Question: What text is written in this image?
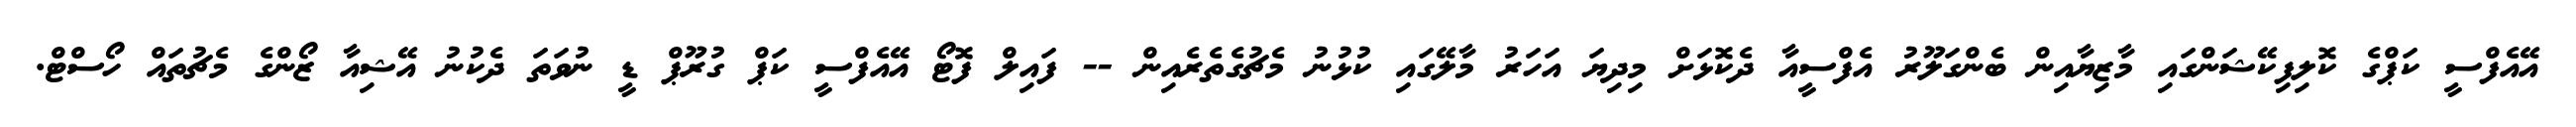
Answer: އޭއެފްސީ ކަޕްގެ ކޮލިފިކޭޝަންގައި މާޒިޔާއިން ބެންގަލޫރު އެފްސީއާ ދެކޮޅަށް މިދިޔަ އަހަރު މާލޭގައި ކުޅުނު މެޗުގެތެރެއިން -- ފައިލް ފޮޓޯ އޭއެފްސީ ކަޕް ގުރޫޕް ޑީ ނުވަތަ ދެކުނު އޭޝިއާ ޒޯންގެ މެޗުތައް ހޯސްޓް.